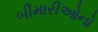
બીમારીઓનો